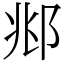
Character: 𫑜